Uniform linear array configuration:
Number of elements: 64
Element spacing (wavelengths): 1
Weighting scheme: hann
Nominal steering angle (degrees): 60
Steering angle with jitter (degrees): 61.223
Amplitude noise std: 0.05
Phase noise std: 0.05

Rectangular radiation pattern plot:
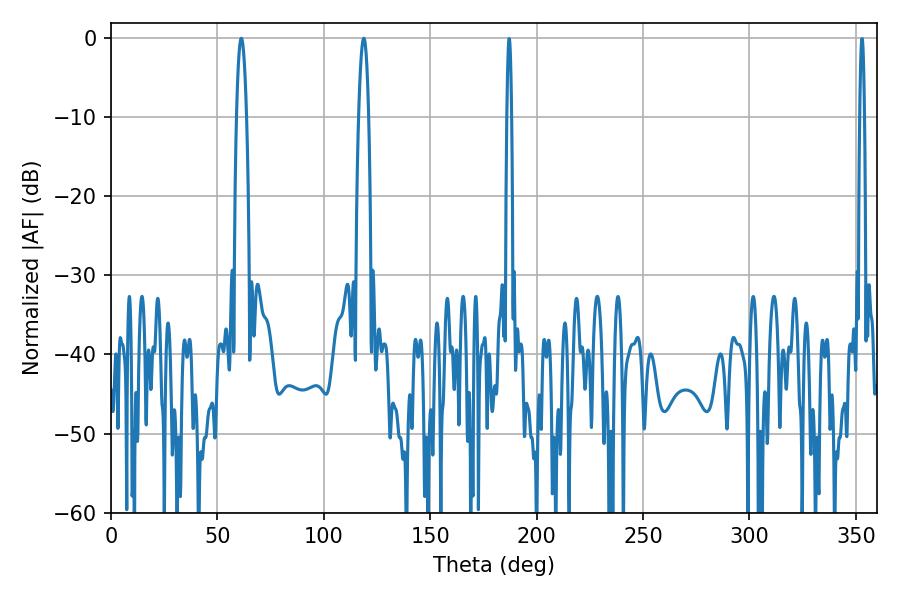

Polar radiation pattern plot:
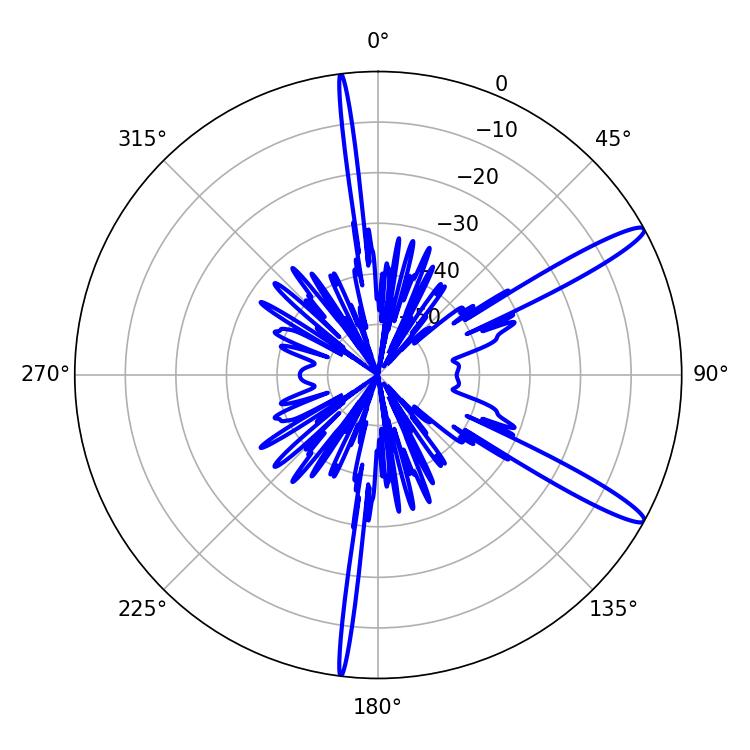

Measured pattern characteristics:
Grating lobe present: TRUE
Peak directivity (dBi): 13.927
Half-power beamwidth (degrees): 2.52
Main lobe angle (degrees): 61.2